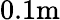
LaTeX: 0.1\textrm{m}